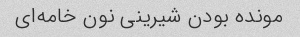
مونده بودن شیرینی نون خامه‌ای